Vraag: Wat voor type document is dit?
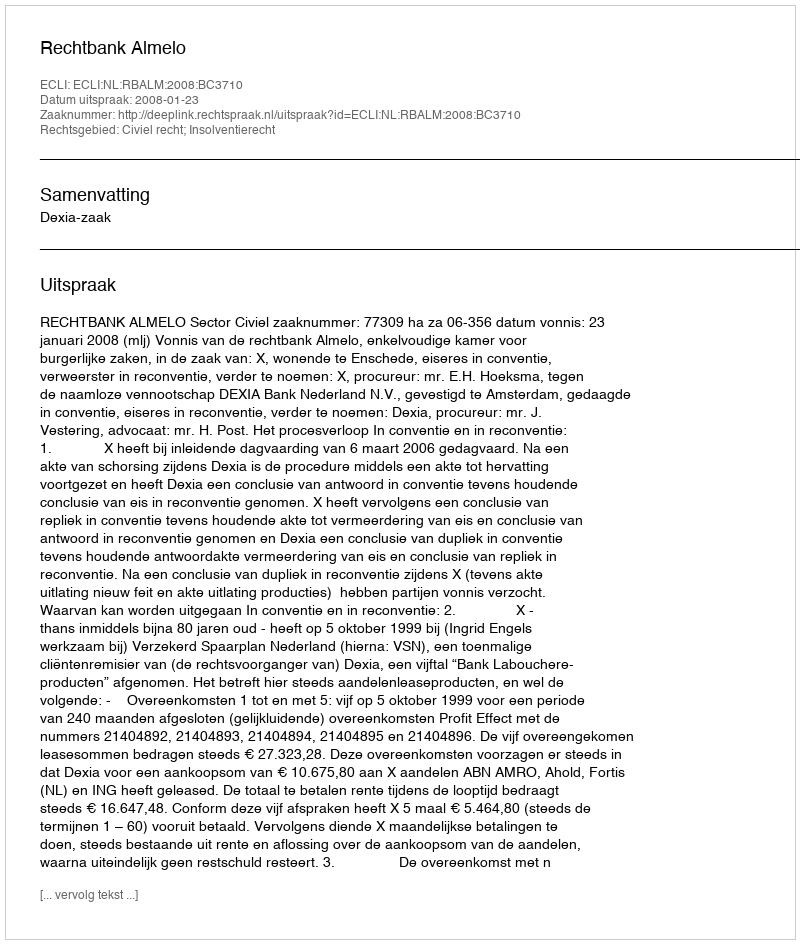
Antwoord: Uitspraak